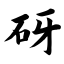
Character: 砑